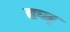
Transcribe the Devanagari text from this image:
हज्